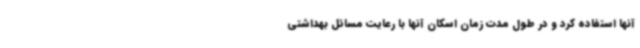
آنها استفاده کرد و در طول مدت زمان اسکان آنها با رعایت مسائل بهداشتی